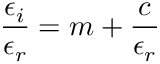
\frac { \epsilon _ { i } } { \epsilon _ { r } } = m + \frac { c } { \epsilon _ { r } }